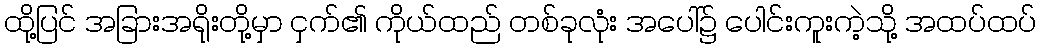
ထို့ပြင် အခြားအရိုးတို့မှာ ငှက်၏ ကိုယ်ထည် တစ်ခုလုံး အပေါ်၌ ပေါင်းကူးကဲ့သို့ အထပ်ထပ်